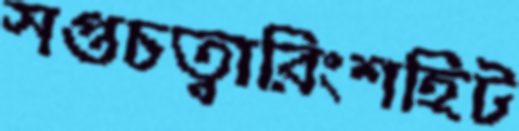
সপ্তচত্বারিংশহিট